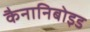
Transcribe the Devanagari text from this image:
कैनानिबोइड